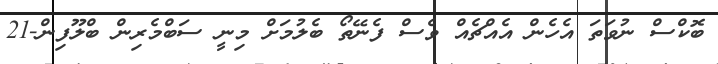
ބޮކްސް ނުވަތަ އެހެން އެއްޗެއް ވެސް ފެނޭތޯ ބެލުމަށް މިނީ ސަބްމެރިން ބްލޫފިން-21